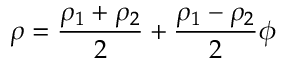
\rho = \frac { \rho _ { 1 } + \rho _ { 2 } } { 2 } + \frac { \rho _ { 1 } - \rho _ { 2 } } { 2 } \phi